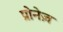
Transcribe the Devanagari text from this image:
प्रोनेज़